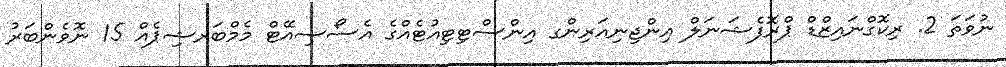
ނުވަތަ 2. ރިކޮގްނައިޒްޑް ޕްރޮފެޝަނަލް އިންޖިނިއަރިންގ އިންސްޓިޓިއުޓެއްގެ އެސޯސިއޭޓް މެމްބަރޝިޕެއް 15 ނޮވެންބަރު